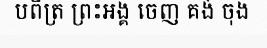
បពិត្រ ព្រះអង្គ ចេញ គង់ ចុង